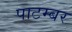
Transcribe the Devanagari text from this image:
पाटम्बर